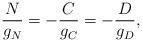
LaTeX: \begin{align*} \frac {N}{g_N}=-\frac {C}{g_C}=-\frac{D}{g_D},\end{align*}